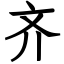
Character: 齐